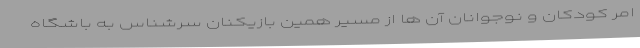
امر کودکان و نوجوانان آن ها از مسیر همین بازیکنان سرشناس به باشگاه